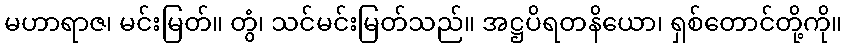
မဟာရာဇ၊ မင်းမြတ်။ တွံ၊ သင်မင်းမြတ်သည်။ အဋ္ဌပိရတနိယော၊ ရှစ်တောင်တို့ကို။